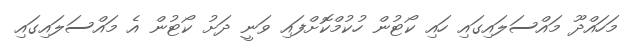
މަހައްދޫ މައްސަލައިގައި ހައި ކޯޓުން ހުކުމްކޮށްފައި ވަނީ ދަށު ކޯޓުން އެ މައްސަލައިގައި